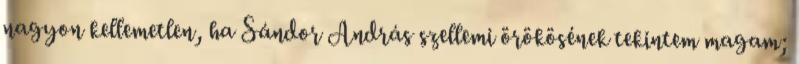
nagyon kellemetlen, ha Sándor András szellemi örökösének tekintem magam;